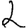
Digit: 2